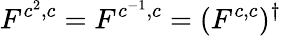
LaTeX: F^{c^{2},c}=F^{c^{-1},c}=(F^{c,c})^{\dagger}